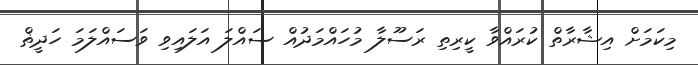
މިކަމަށް އިޝާރާތް ކުރައްވާ ކީރިތި ރަސޫލާ މުހައްމަދުއް ސައްލަ އަލައިވި ވަސައްލަމަ ހަދީޡް